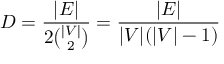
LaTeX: D = { \frac { | E | } { 2 { \binom { | V | } { 2 } } } } = { \frac { | E | } { | V | ( | V | - 1 ) } }